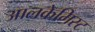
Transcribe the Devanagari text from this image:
आलकेमिस्ट